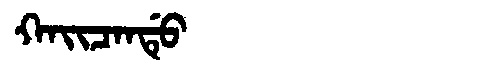
Manchu: ᡴᠠᡳᠴᠠᠨᡩᡠ
Romanization: KAICANDU